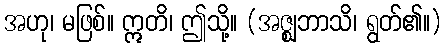
အဟု၊ မဖြစ်။ ဣတိ၊ ဤသို့။ (အဇ္ဈဘာသိ၊ ရွတ်၏။)